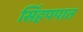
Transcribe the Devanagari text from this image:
सिंहपपात